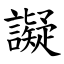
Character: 譺